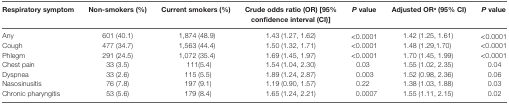
| Respiratory symptom | Non-smokers (%) | Current smokers (%) | Crude odds ratio (OR) [95% confidence interval (CI)] | P value | Adjusted ORa (95% CI) | P value |
 | --- | --- | --- | --- | --- | --- | --- |
 | Any | 601 (40.1) | 1,874 (48.9) | 1.43 (1.27, 1.62) | <0.0001 | 1.42 (1.25, 1.61) | <0.0001 |
 | Cough | 477 (34.7) | 1,563 (44.4) | 1.50 (1.32, 1.71) | <0.0001 | 1.48 (1.29,1.70) | <0.0001 |
 | Phlegm | 291 (24.5) | 1,072 (35.4) | 1.69 (1.45, 1.97) | <0.0001 | 1.70 (1.45, 1.99) | <0.0001 |
 | Chest pain | 33 (3.5) | 111(5.4) | 1.54 (1.04, 2.30) | 0.03 | 1.55 (1.02, 2.35) | 0.04 |
 | Dyspnea | 33 (2.6) | 115 (5.5) | 1.89 (1.24, 2.87) | 0.003 | 1.52 (0.98, 2.36) | 0.06 |
 | Nasosinusitis | 76 (7.8) | 197 (9.1) | 1.19 (0.90, 1.57) | 0.22 | 1.38 (1.03, 1.88) | 0.03 |
 | Chronic pharyngitis | 53 (5.6) | 179 (8.4) | 1.65 (1.24, 2.21) | 0.0007 | 1.55 (1.11, 2.15) | 0.02 |